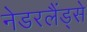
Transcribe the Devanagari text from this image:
नेडरलैंड्से